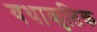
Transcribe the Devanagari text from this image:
यथाकृतिक